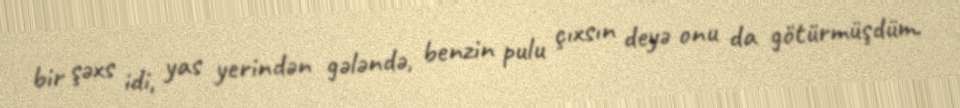
bir şəxs idi, yas yerindən gələndə, benzin pulu çıxsın deyə onu da götürmüşdüm.